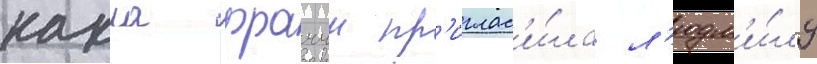
карла фраччи пр'иглас'и́ла л'юдм'и́лу